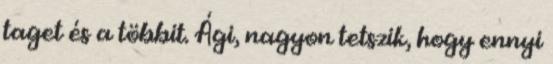
taget és a többit. Ági, nagyon tetszik, hogy ennyi